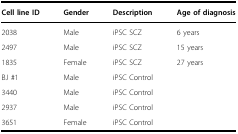
<table><thead><tr><td><b>Cell line ID</b></td><td><b>Gender</b></td><td><b>Description</b></td><td><b>Age of diagnosis</b></td></tr></thead><tbody><tr><td>2038</td><td>Male</td><td>iPSC SCZ</td><td>6 years</td></tr><tr><td>2497</td><td>Male</td><td>iPSC SCZ</td><td>15 years</td></tr><tr><td>1835</td><td>Female</td><td>iPSC SCZ</td><td>27 years</td></tr><tr><td>BJ #1</td><td>Male</td><td>iPSC Control</td><td></td></tr><tr><td>3440</td><td>Male</td><td>iPSC Control</td><td></td></tr><tr><td>2937</td><td>Male</td><td>iPSC Control</td><td></td></tr><tr><td>3651</td><td>Female</td><td>iPSC Control</td><td></td></tr></tbody></table>